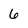
Character: 6